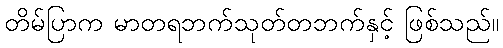
တိမ်ပြာက မာတရဘက်သုတ်တဘက်နှင့် ဖြစ်သည်။